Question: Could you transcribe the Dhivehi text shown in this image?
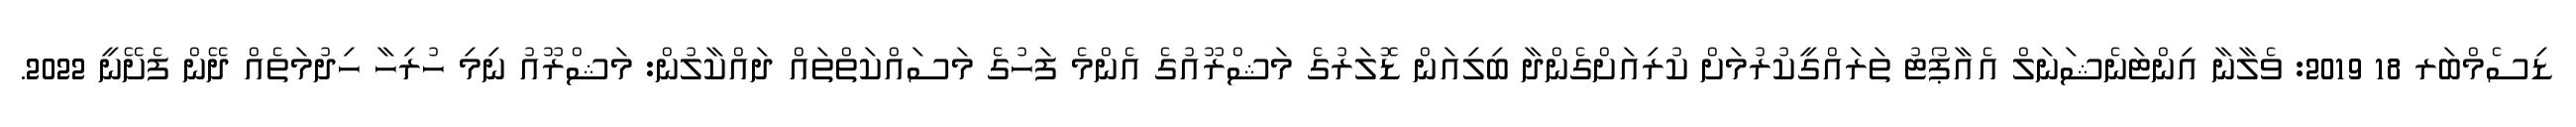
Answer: ޑިސެމްބަރ 18 2019: ވެލާނާ އިންޓަނެޝަނަލް އެއާޕޯޓު ތަރައްގީކުރުމަށް ކުރިއަށްގެންދާ ބިލިއަން ޑޮލަރުގެ މަޝްރޫއުގެ އެންމެ ފަހުގެ މަސައްކަތްތައް ދައްކާލުން: މަޝްރޫއު ނިމި ހުރިހާ ހިދުމަތެއް ދޭން ފެށޭނީ 2022.